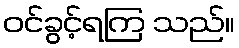
ဝင်ခွင့်ရကြ သည်။